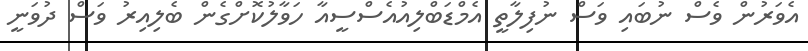
އެވަރުން ވެސް ނުބައި ވަސް ނުފިލާތީ އެމްޑަބްލިއުއެސްސީއާ ހަވާލުކޮށްގެން ބެލިއިރު ވަސް ދުވަނީ